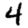
Digit: 4